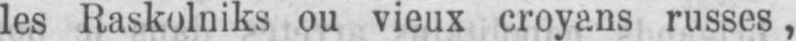
les Raskolniks ou vieux croyans russes,